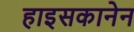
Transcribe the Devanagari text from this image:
हाइसकानेन